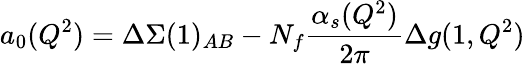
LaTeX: a_{0}(Q^{2})=\Delta\Sigma(1)_{AB}-N_{f}\frac{\alpha_{s}(Q^{2})}{2\pi}\Delta g(1,Q^{2})